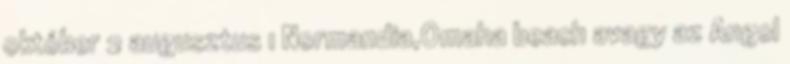
október 2 augusztus 1 Normandia,Omaha beach avagy az Angol